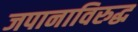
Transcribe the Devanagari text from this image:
जपानाविरुद्ध